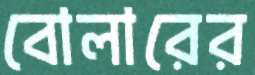
বোলারের